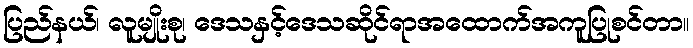
ပြည်နယ်၊ လူမျိုးစု၊ ဒေသနှင့်ဒေသဆိုင်ရာအထောက်အကူပြုစင်တာ။